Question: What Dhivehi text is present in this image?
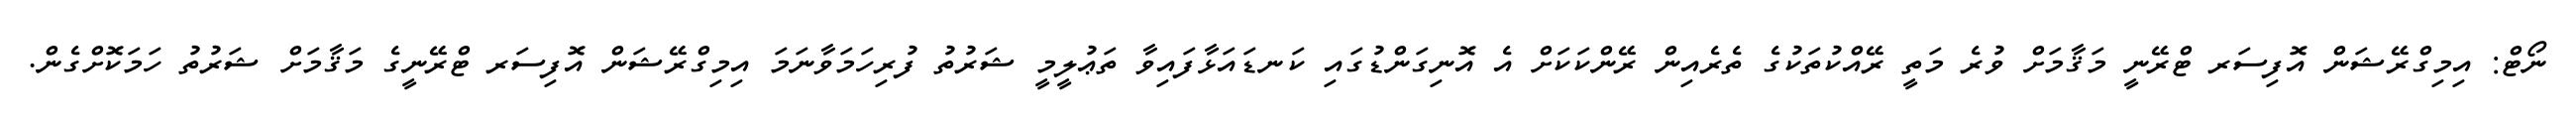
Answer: ނޯޓް: އިމިގްރޭޝަން އޮފިސަރ ޓްރޭނީ މަޤާމަށް ވުރެ މަތީ ރޭއްކުތަކުގެ ތެރެއިން ރޭންކަކަށް އެ އޮނިގަންޑުގައި ކަނޑައަޅާފައިވާ ތަޢުލީމީ ޝަރުތު ފުރިހަމަވާނަމަ އިމިގްރޭޝަން އޮފިސަރ ޓްރޭނީގެ މަޤާމަށް ޝަރުތު ހަމަކޮށްގެން.